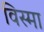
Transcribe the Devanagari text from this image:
विस्मा